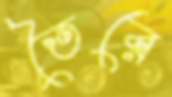
তৈরে